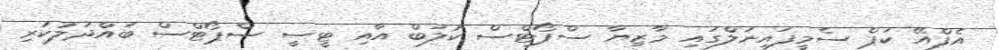
އެފްއޭ ކަޕް ސެމީފައިނަލްގައި މާޒިޔާ ސްޕޯޓްސް ކުލަބް އާއި ޓީސީ ސްޕޯޓްސް ބައްދަލުކުރި